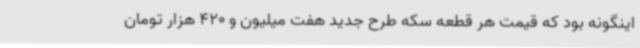
اینگونه بود که قیمت هر قطعه سکه طرح جدید هفت میلیون و 420 هزار تومان